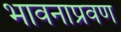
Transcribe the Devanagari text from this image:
भावनाप्रवण